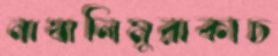
নাথালিমুরাকাচ